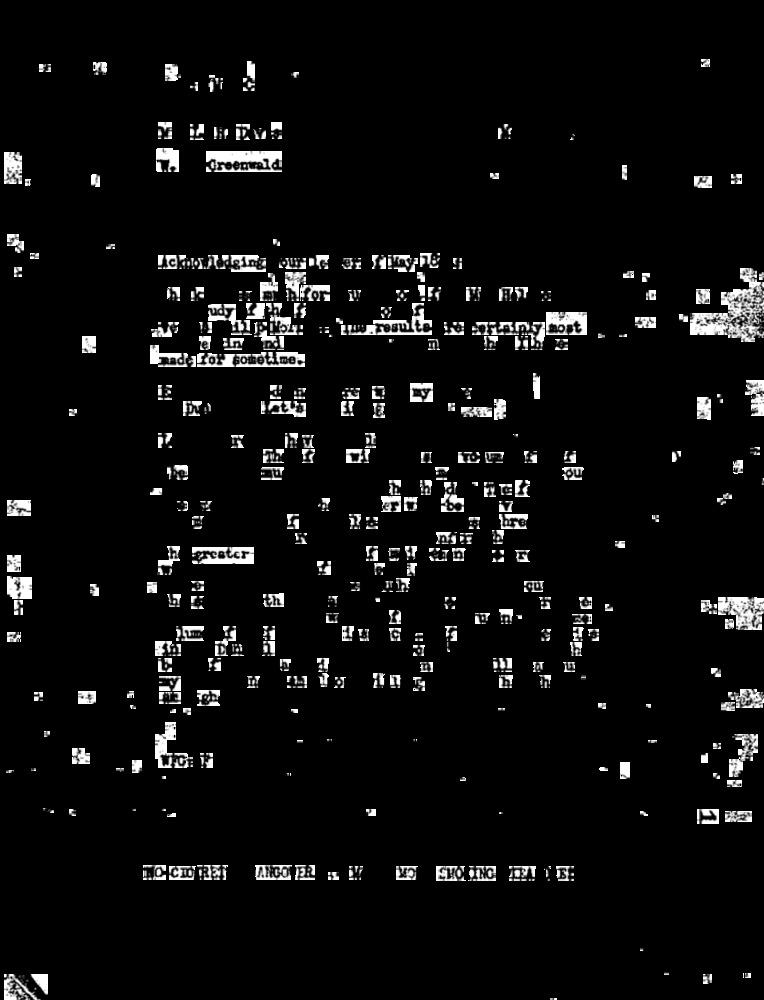
·i
Greenwald
E
Achoof Aidging
Fa
In greater